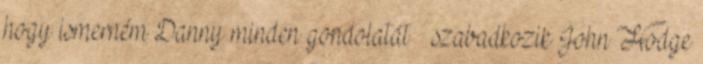
hogy ismerném Danny minden gondolatát – szabadkozik John Hodge